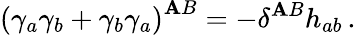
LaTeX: \left(\gamma_{a}\gamma_{b}+\gamma_{b}\gamma_{a}\right)^{\mathbf{A}B}=-\delta^{\mathbf{A}B}h_{ab}\, .